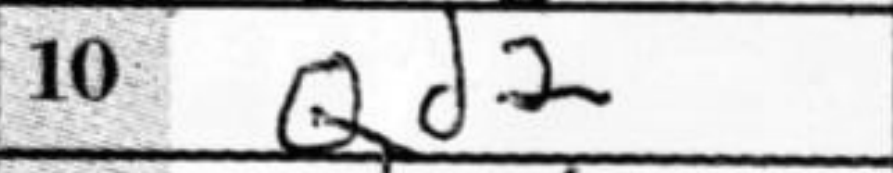
Transcription: Qd2